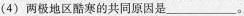
(4) 两极地区酷寒的共同原因是___。